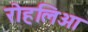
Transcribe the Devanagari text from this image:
रोहलिआ